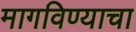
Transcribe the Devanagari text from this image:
मागविण्याचा